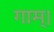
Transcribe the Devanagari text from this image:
गाम्।